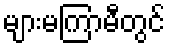
များမကြာမီတွင်